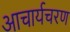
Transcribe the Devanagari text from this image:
आचार्यचरण